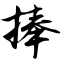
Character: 捧